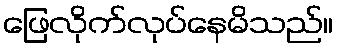
ဖြေလိုက်လုပ်နေမိသည်။